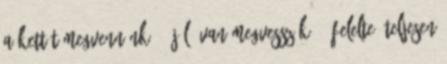
a kettőt megvennénk”. „Jól, van megvesszük” – felelte. Teljesen